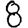
Digit: 8